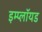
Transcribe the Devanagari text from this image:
इम्प्लॉयड